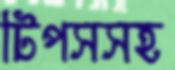
টিপসসহ